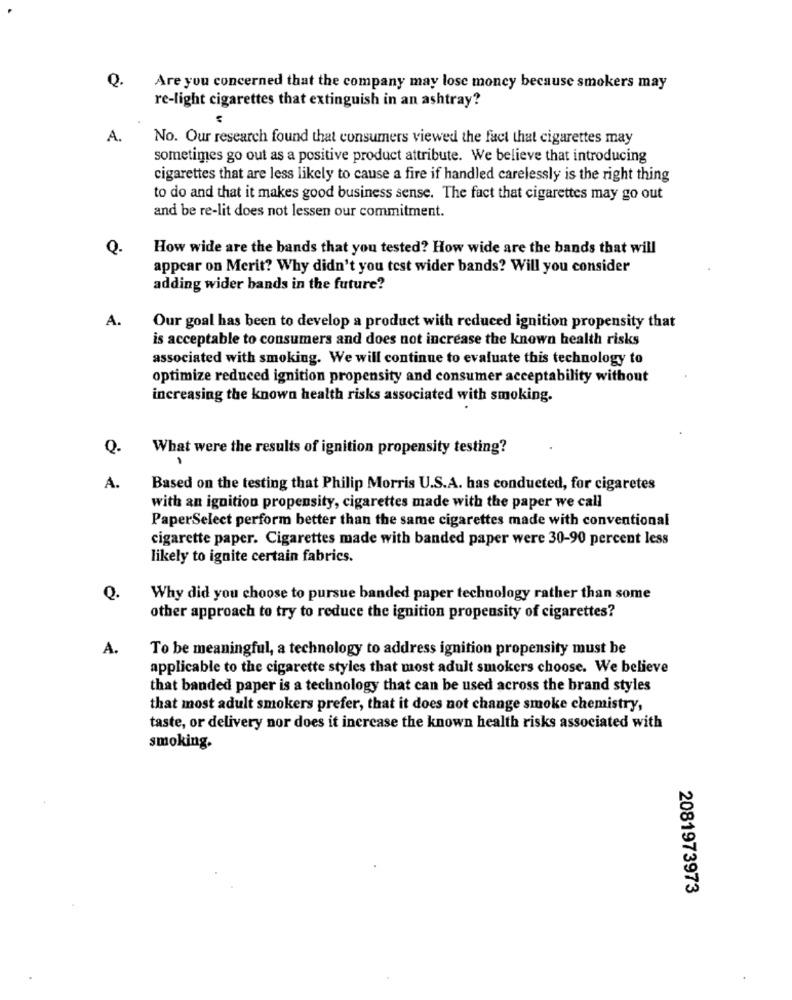
Q.
Are you concerned that the company may lose money because smokers may
re-light cigarettes that extinguish in an ashtray?
A.
No. Our research found that consumers viewed the fact that cigarettes may
sometimes go out as a positive product attribute. We believe that introducing
cigarettes that are less likely to cause a fire if handled carelessly is the right thing
to do and that it makes good business sense. The fact that cigarettes may go out
and be re-lit does not lessen our commitment.
Q.
How wide are the bands that you tested? How wide are the bands that will
appear on Merit? Why didn't you test wider bands? Will you consider
adding wider bands in the future?
A.
Our goal has been to develop a product with reduced ignition propensity that
is acceptable to consumers and does not increase the known health risks
associated with smoking. We will continue to evaluate this technology to
optimize reduced ignition propensity and consumer acceptability without
increasing the known health risks associated with smoking.
Q.
What were the results of ignition propensity testing?
A.
Based on the testing that Philip Morris U.S.A. has conducted, for cigaretes
with an ignition propensity, cigarettes made with the paper we call
PaperSelect perform better than the same cigarettes made with conventional
cigarette paper. Cigarettes made with banded paper were 30-90 percent less
likely to ignite certain fabrics.
Q.
Why did you choose to pursue banded paper technology rather than some
other approach to try to reduce the ignition propensity of cigarettes?
A.
To be meaningful, a technology to address ignition propensity must be
applicable to the cigarette styles that most adult smokers choose. We believe
that banded paper is a technology that can be used across the brand styles
that most adult smokers prefer, that it does not change smoke chemistry,
taste, or delivery nor does it increase the known health risks associated with
smoking.
2081973973